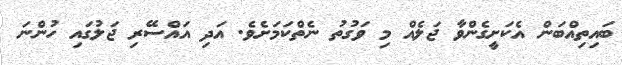
ބައިތިއްބަން އެކަށީގެންވާ ޖަލެއް މި ވަގުތު ނެތްކަމަށެވެ. އަދި އައްސޭރި ޖަލުގައި ހުންނަ